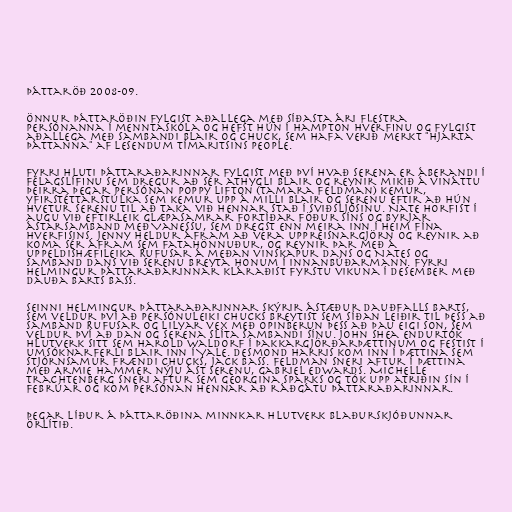
þáttaröð 2008-09.

Önnur þáttaröðin fylgist aðallega með síðasta ári flestra
persónanna í menntaskóla og hefst hún í Hampton hverfinu og fylgist
aðallega með sambandi Blair og Chuck, sem hafa verið merkt "hjarta
þáttanna" af lesendum tímaritsins People.

Fyrri hluti þáttaraðarinnar fylgist með því hvað Serena er áberandi í
félagslífinu sem dregur að sér athygli Blair og reynir mikið á vináttu
þeirra þegar persónan Poppy Lifton (Tamara Feldman) kemur,
yfirstéttarstúlka sem kemur upp á milli Blair og Serenu eftir að hún
hvetur Serenu til að taka við hennar stað í sviðsljósinu. Nate horfist í
augu við eftirleik glæpasamrar fortíðar föður síns og byrjar
ástarsamband með Vanessu, sem dregst enn meira inn í heim fína
hverfisins. Jenny heldur áfram að vera uppreisnargjörn og reynir að
koma sér áfram sem fatahönnuður, og reynir þar með á
uppeldishæfileika Rufusar á meðan vinskapur Dans og Nates og
samband Dans við Serenu breyta honum í innanbúðarmann. Fyrri
helmingur þáttaraðarinnar kláraðist fyrstu vikuna í desember með
dauða Barts Bass.

Seinni helmingur þáttaraðarinnar skýrir ástæður dauðfalls Barts,
sem veldur því að persónuleiki Chucks breytist sem síðan leiðir til þess að
samband Rufusar og Lilyar vex með opinberun þess að þau eigi son, sem
veldur því að Dan og Serena slíta sambandi sínu. John Shea endurtók
hlutverk sitt sem Harold Waldorf í þakkargjörðarþættinum og festist í
umsóknarferli Blair inn í Yale. Desmond Harris kom inn í þættina sem
stjórnsamur frændi Chucks, Jack Bass. Feldman sneri aftur í þættina
með Armie Hammer nýju ást Serenu, Gabriel Edwards. Michelle
Trachtenberg sneri aftur sem Georgina Sparks og tók upp atriðin sín í
febrúar og kom persónan hennar að ráðgátu þáttaraðarinnar.

Þegar líður á þáttaröðina minnkar hlutverk Blaðurskjóðunnar
örlítið.